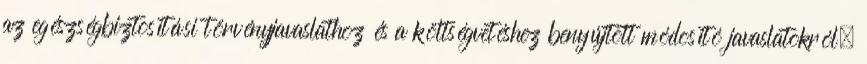
az egészségbiztosítási törvényjavaslathoz és a költségvetéshez benyújtott módosító javaslatokról,